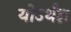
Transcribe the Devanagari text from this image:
योऽर्थज्ञ